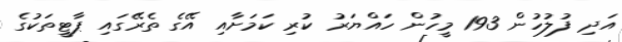
އަދި ފުލުހުން 193 މީހުން ހައްޔަރު ކުރި ކަމަށާއި އޭގެ ތެރޭގައި ޕާޓީތަކުގެ